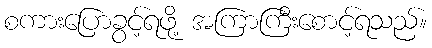
စကားပြောခွင့်ရဖို့ အကြာကြီးစောင့်ရသည်။